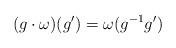
LaTeX: \begin{align*}(g \cdot \omega)(g') = \omega (g^{-1} g')\end{align*}